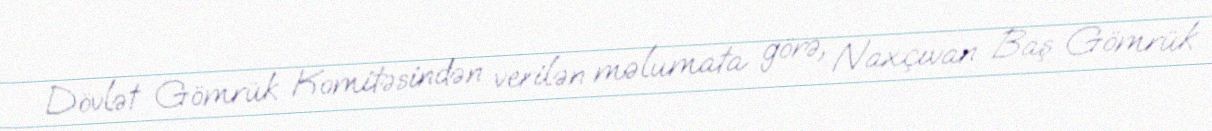
Dövlət Gömrük Komitəsindən verilən məlumata görə, Naxçıvan Baş Gömrük